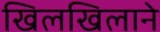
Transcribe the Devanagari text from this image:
खिलखिलाने